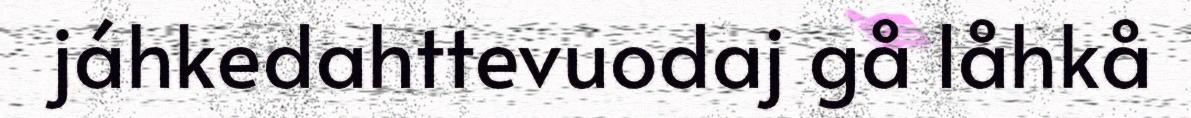
jáhkedahttevuodaj gå låhkå